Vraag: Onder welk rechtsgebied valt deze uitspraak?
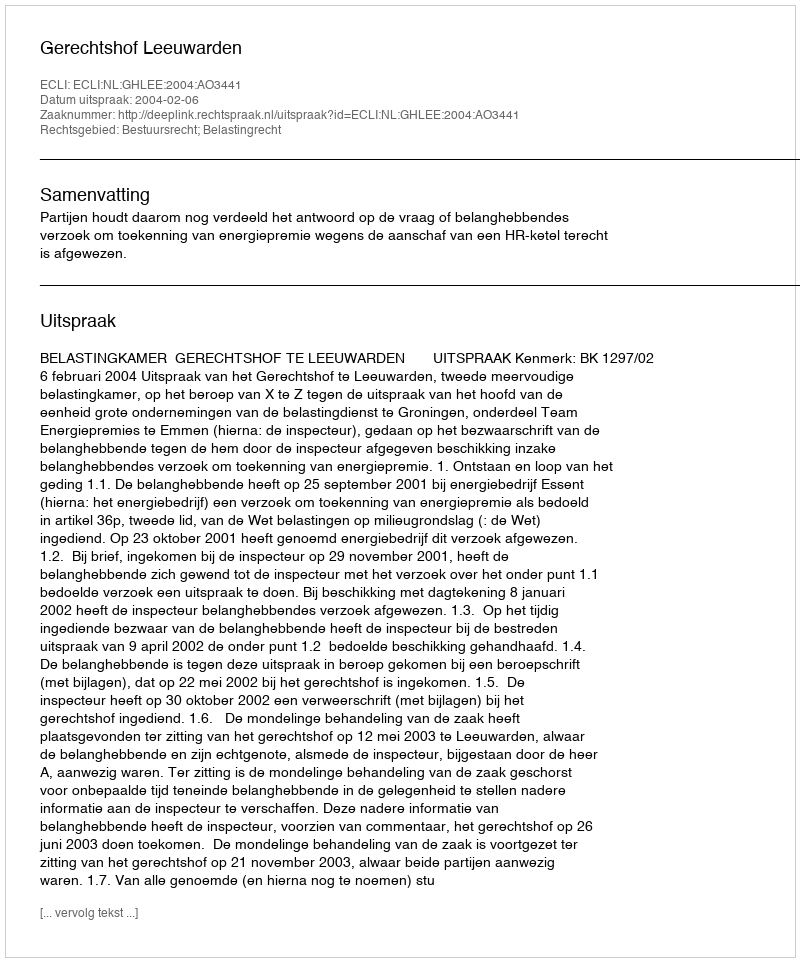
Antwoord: Bestuursrecht; Belastingrecht